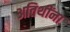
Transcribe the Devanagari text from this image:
अतिथींना